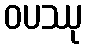
ဝပဿု